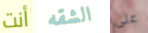
أنت الشقه على